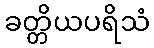
ခတ္တိယပရိသံ